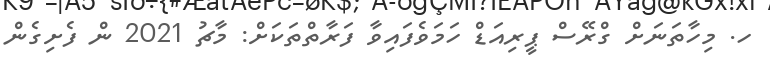
ހ. މިހާތަނަށް ގްރޭސް ޕީރިއަޑް ހަމަވެފައިވާ ފަރާތްތަކަށް: މާޗު 2021 ން ފެށިގެން